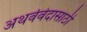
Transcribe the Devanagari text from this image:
अथर्ववेदासाठी